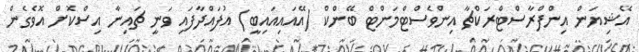
އޭޝިޔަން އިންފްރާސްޓްރަކްޗާ އިންވެސްޓްމަންޓް ބޭންކް (އޭއައިއައިބީ) އުފައްދާފައި ވަނީ ޗައިނާ އިސްކޮށް އޮވެގެން